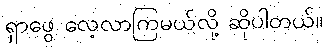
ရှာဖွေ လေ့လာကြမယ်လို့ ဆိုပါတယ်။